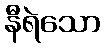
နီရဲသော